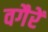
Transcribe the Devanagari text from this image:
वगैरें